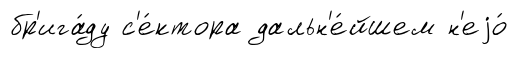
бр'ига́ду с'е́ктора дальн'е́йшем н'еjо́